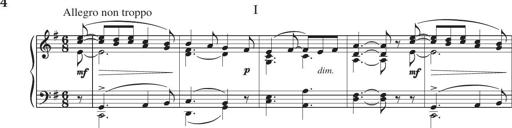
Title: Piano Sonatina in G major
Composer: Johan Peter Emilius Hartmann
Key: G major